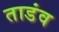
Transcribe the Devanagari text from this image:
ताडंव